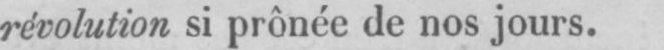
révolution si prônée de nos jours.